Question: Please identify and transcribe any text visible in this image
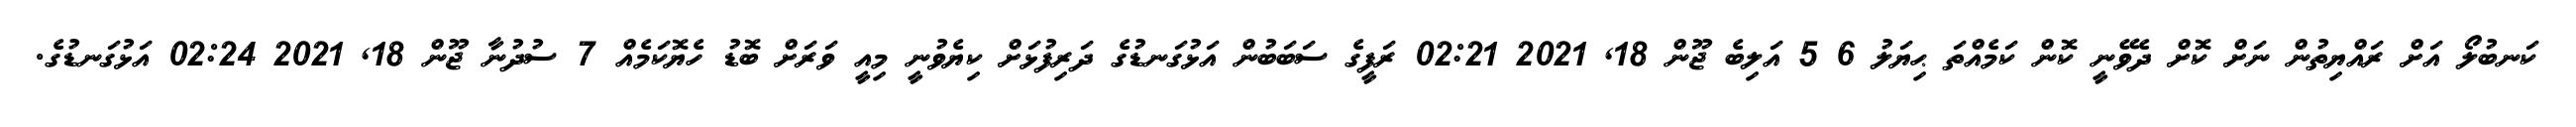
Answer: ކަނބުލޯ އަށް ރައްޔިތުން ނަށް ކޮށް ދެވޭނީ ކޮން ކަމެއްތަ ޙިޔަލު 6 5 އަލިބެ ޖޫން 18, 2021 02:21 ރަފީގެ ސަބަބުން އަޅުގަނޑުގެ ދަރިފުޅަށް ކިޔެވުނީ މިއީ ވަރަށް ބޮޑު ހެޔޮކަމެއް 7 ސުދުނާ ޖޫން 18, 2021 02:24 އަޅުގަނޑުގެ.